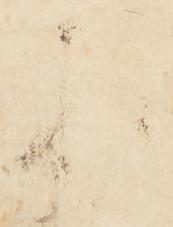
様